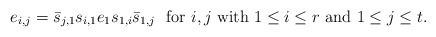
\begin{align*}e_{i, j}= \bar s_{j, 1} s_{i, 1} e_1 s_{1, i} \bar s_{1, j}\mbox{ \ for $i, j$ with $1\le i\le r $ and $1\le j\le t$.}\end{align*}